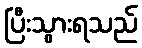
ပြီးသွားရသည်